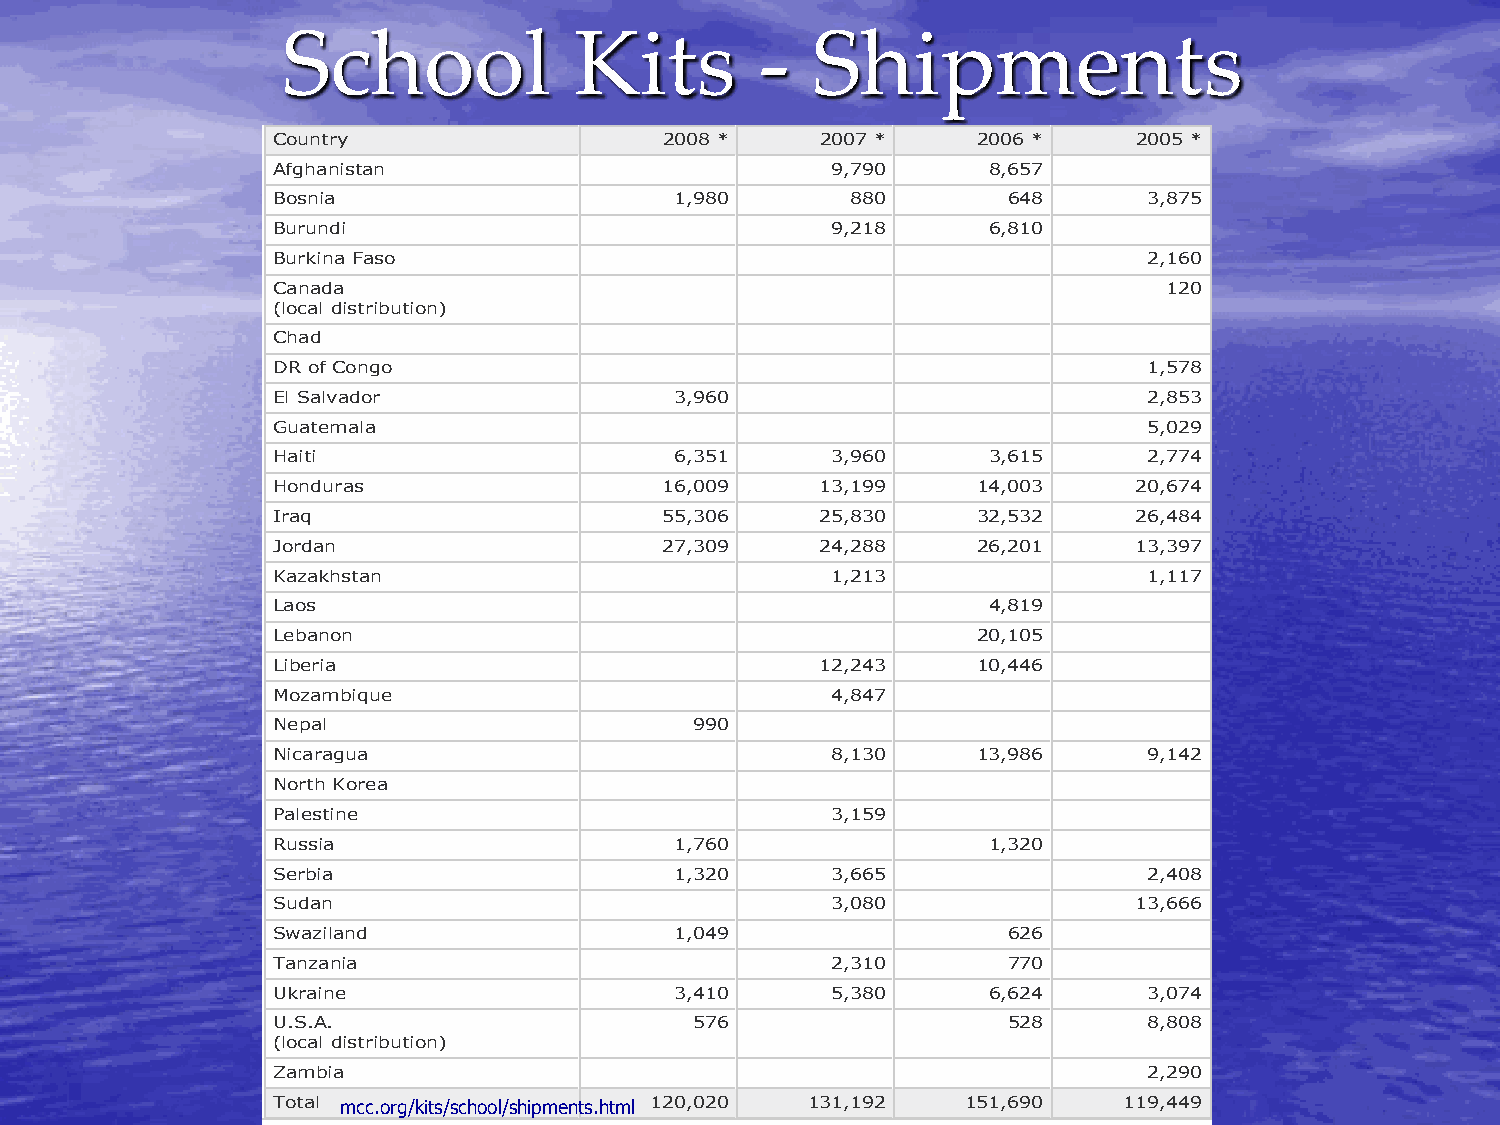
School             Kits        -   Shipments
 Country                   2008 *    2007 *     2006 *    2005 *
 Afghanistan                          9,790     8,657
 Bosnia                     1,980      880        648      3,875
 Burundi                              9,218     6,810
 Burkina Faso                                              2,160
 Canada                                                     120
 (local distribution)
 Chad
 DR of Congo                                               1,578
 El Salvador                3,960                          2,853
 Guatemala                                                 5,029
 Haiti                      6,351     3,960     3,615      2,774
 Honduras                  16,009    13,199     14,003    20,674
 Iraq                      55,306    25,830     32,532    26,484
 Jordan                    27,309    24,288     26,201    13,397
 Kazakhstan                           1,213                1,117
 Laos                                           4,819
 Lebanon                                        20,105
 Liberia                             12,243     10,446
 Mozambique                           4,847
 Nepal                       990
 Nicaragua                            8,130     13,986     9,142
 North Korea
 Palestine                            3,159
 Russia                     1,760               1,320
 Serbia                     1,320     3,665                2,408
 Sudan                                3,080               13,666
 Swaziland                  1,049                 626
 Tanzania                             2,310       770
 Ukraine                    3,410     5,380     6,624      3,074
 U.S.A.                      576                  528      8,808
 (local distribution)
 Zambia                                                    2,290
 Total mcc.org/kits/school/shipments.html 120,020 131,192 151,690 119,449